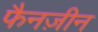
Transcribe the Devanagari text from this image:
फैनज़ीन